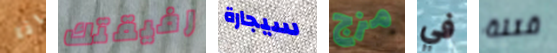
انا رفيقتك سيجارة مزج في قتلة